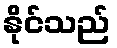
နိုင်သည်